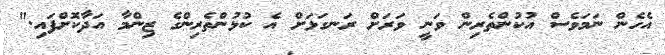
އެހެން ނަމަވެސް އުކުންތެރިން ވަނީ ވަރަށް ރަނގަޅަށް އެ ކުޅުންތެރިންގެ ޒިންމާ އަދާކޮށްފައި."